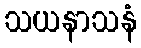
သယနာသနံ